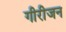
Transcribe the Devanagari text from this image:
गीरीजन